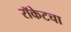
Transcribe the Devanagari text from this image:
रॉकेटचा